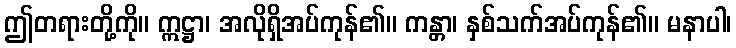
ဤတရားတို့ကို။ ဣဋ္ဌာ၊ အလိုရှိအပ်ကုန်၏။ ကန္တာ၊ နှစ်သက်အပ်ကုန်၏။ မနာပါ၊